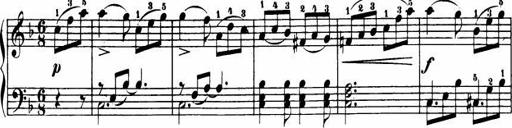
Title: Le bouquetier
Composer: Anton Diabelli
Key: G major
 C major
 F major
 C major